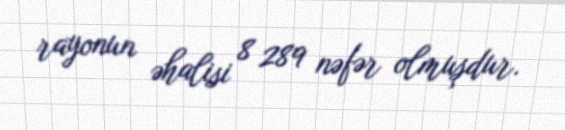
rayonun əhalisi 8 289 nəfər olmuşdur.